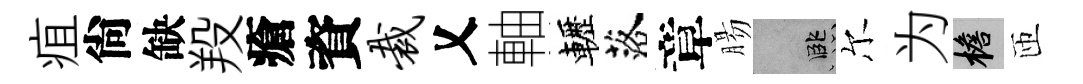
疽尙缺羖瘡資裁乂軸轣落章腸孟尔为檐匝